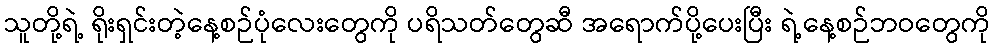
သူတို့ရဲ့ ရိုးရှင်းတဲ့နေ့စဉ်ပုံလေးတွေကို ပရိသတ်တွေဆီ အရောက်ပို့ပေးပြီး ရဲ့နေ့စဉ်ဘဝတွေကို